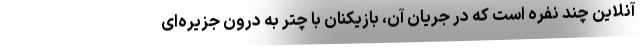
آنلاین چند نفره است که در جریان آن، بازیکنان با چتر به درون جزیره‌ای